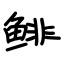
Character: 鲱